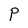
Character: P